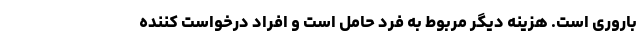
باروری است. هزینه دیگر مربوط به فرد حامل است و افراد درخواست کننده